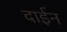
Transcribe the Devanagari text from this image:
दाईन